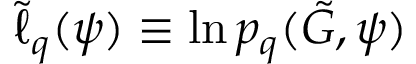
\tilde { \ell } _ { q } ( \psi ) \equiv \ln p _ { q } ( \tilde { G } , \psi )